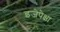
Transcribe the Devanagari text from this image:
इजेपेक्षा